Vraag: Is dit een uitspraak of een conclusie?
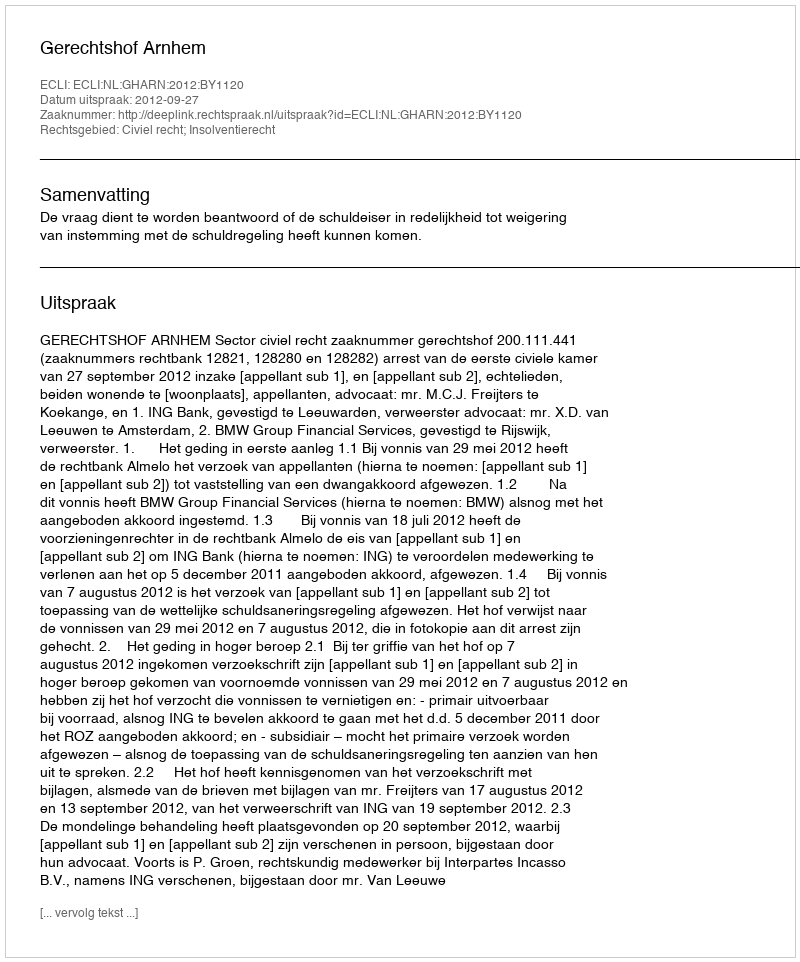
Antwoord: Uitspraak